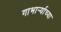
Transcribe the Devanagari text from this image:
गाभार्र्‍याच्या